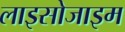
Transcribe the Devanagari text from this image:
लाइसोजाइम